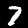
Label: 7